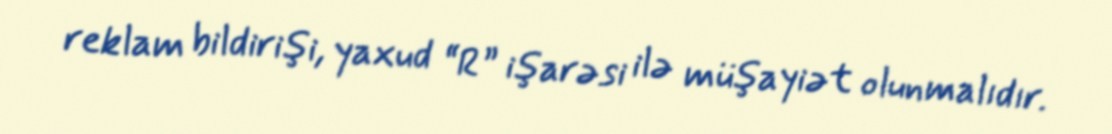
reklam bildirişi, yaxud “R” işarəsi ilə müşayiət olunmalıdır.